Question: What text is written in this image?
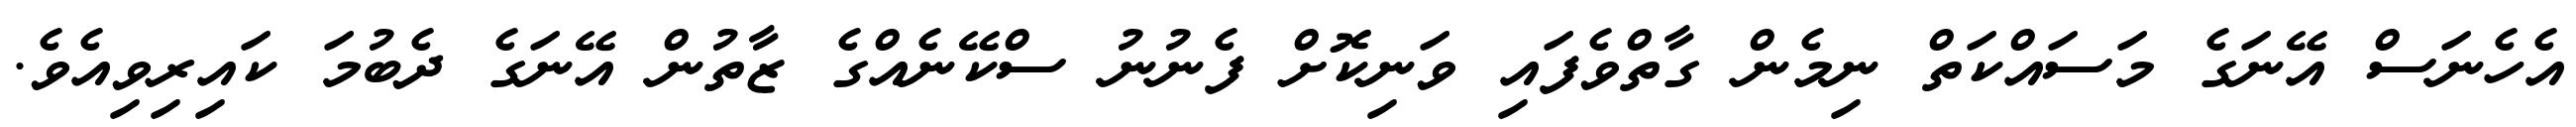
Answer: އެހެނަސް އޭނަގެ މަސައްކަތް ނިމެން ގާތްވެފައި ވަނިކޮށް ފެނުނު ސްކޭނެއްގެ ޒާތުން އޭނަގެ ދެބުމަ ކައިރިވިއެވެ.